Indian journal of veterinary science and animal husbandry - Volume 2,
Year: 1932
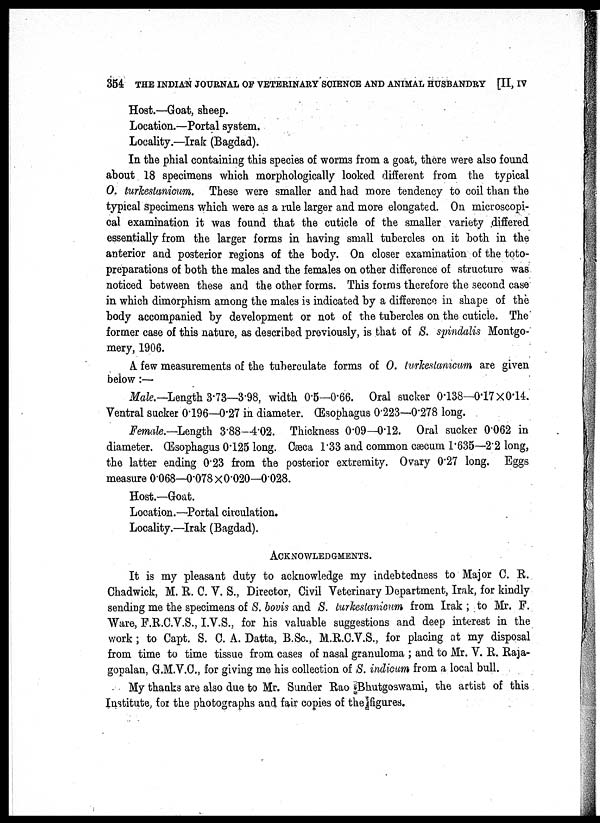
354 THE INDIAN JOURNAL OF VETERINARY SCIENCE AND ANIMAL HUSBANDRY [II, IV
Host.—Goat, sheep.
Location.—Portal system.
Locality.—Irak (Bagdad).
In the phial containing this species of worms from a goat, there were also found
about 18 specimens which morphologically looked different from the typical
O. turkestanicum. These were smaller and had more tendency to coil than the
typical specimens which were as a rule larger and more elongated. On microscopi-
cal examination it was found that the cuticle of the smaller variety differed
essentially from the larger forms in having small tubercles on it both in the
anterior and posterior regions of the body. On closer examination of the toto¬
preparations of both the males and the females on other difference of structure was
noticed between these and the other forms. This forms therefore the second case
in which dimorphism among the males is indicated by a difference in shape of the
body accompanied by development or not of the tubercles on the cuticle. The
former case of this nature, as described previously, is that of S. spindalis Montgo-
mery, 1906.
A few measurements of the tuberculate forms of O. turkestcmicum are given
below:—
Male.—Length 3.73—3.98, width 0.5—0.66. Oral sucker 0.138—0.17×0.14.
Ventral sucker 0.196—0.27 in diameter. Œsophagus 0.223—0.278 long.
Female.—Length 3.88-4.02. Thickness 0.09—0.12. Oral sucker 0.062 in
diameter. Œsophagus 0.125 long. Cæca 1.33 and common cæcum 1.635—2.2 long,
the latter ending 0.23 from the posterior extremity. Ovary 0.27 long. Eggs
measure 0.068—0.078 ×0.020—0.028.
Host.—Goat.
Location.—Portal circulation.
Locality.—Irak (Bagdad).
ACKNOWLEDGMENTS.
It is my pleasant duty to acknowledge my indebtedness to Major C. R.
Chadwick, M. R. C. V. S., Director, Civil Veterinary Department, Irak, for kindly
sending me the specimens of S. bovis and S. turkestanicum from Irak ; to Mr. F.
Ware, F.R.C.V.S., I.V.S., for his valuable suggestions and deep interest in the
work ; to Capt. S. C. A. Datta, B.Sc, M.R.C.V.S., for placing at my disposal
from time to time tissue from cases of nasal granuloma ; and to Mr. V. R. Raja¬
gopalan, G.M.V.C., for giving me his collection of S. indicum from a local bull.
My thanks are also due to Mr. Sunder Rao Bhutgoswami, the artist of this
Institute, for the photographs and fair copies of the figures.